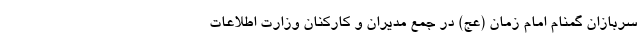
سربازان گمنام امام زمان (عج) در جمع مدیران و کارکنان وزارت اطلاعات